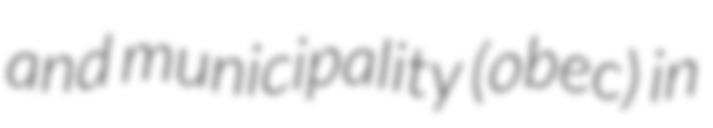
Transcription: and municipality (obec) in